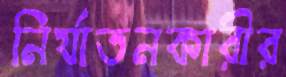
নির্যাতনকারীর